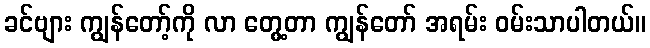
ခင်ဗျား ကျွန်တော့်ကို လာ တွေ့တာ ကျွန်တော် အရမ်း ဝမ်းသာပါတယ်။